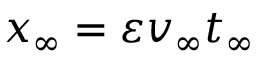
{ x _ { \infty } } = \varepsilon { v _ { \infty } t _ { \infty } }